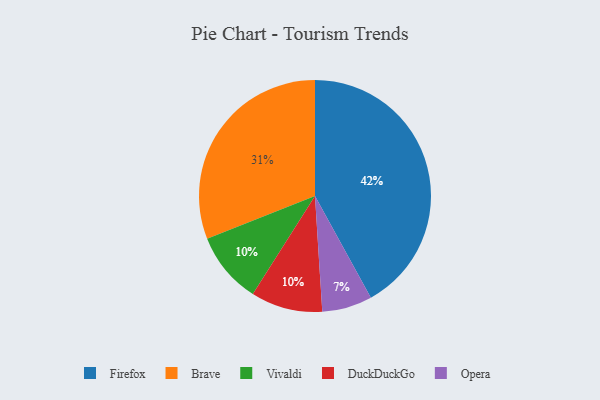
{"axis": {"x": "Category", "y": "Percentage"}, "legend": ["Brave", "DuckDuckGo", "Firefox", "Opera", "Vivaldi"], "data": [{"x": "Brave", "y": 31, "type": "Brave"}, {"x": "Opera", "y": 7, "type": "Opera"}, {"x": "Vivaldi", "y": 10, "type": "Vivaldi"}, {"x": "Firefox", "y": 42, "type": "Firefox"}, {"x": "DuckDuckGo", "y": 10, "type": "DuckDuckGo"}]}